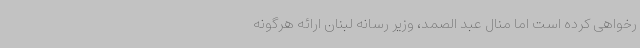
رخواهی کرده است اما منال عبد الصمد، وزیر رسانه لبنان ارائه هرگونه